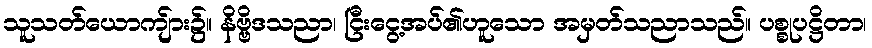
သူသတ်ယောကျ်ား၌။ နိဗ္ဗိဒသညာ၊ ငြီးငွေ့အပ်၏ဟူသော အမှတ်သညာသည်။ ပစ္စုပဋ္ဌိတာ၊